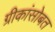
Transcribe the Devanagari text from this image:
ग्रीकांसोबत